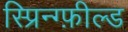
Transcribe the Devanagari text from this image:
स्प्रिन्ग्फ़ील्ड